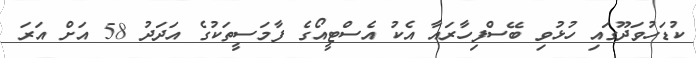
ކުޑަހުވަދޫގައި ހުޅުވި ބޭސްފިހާރައާ އެކު އެސްޓީއޯގެ ފާމަސީތަކުގެ އަދަދު 58 އަށް އަރަ